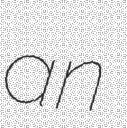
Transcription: an